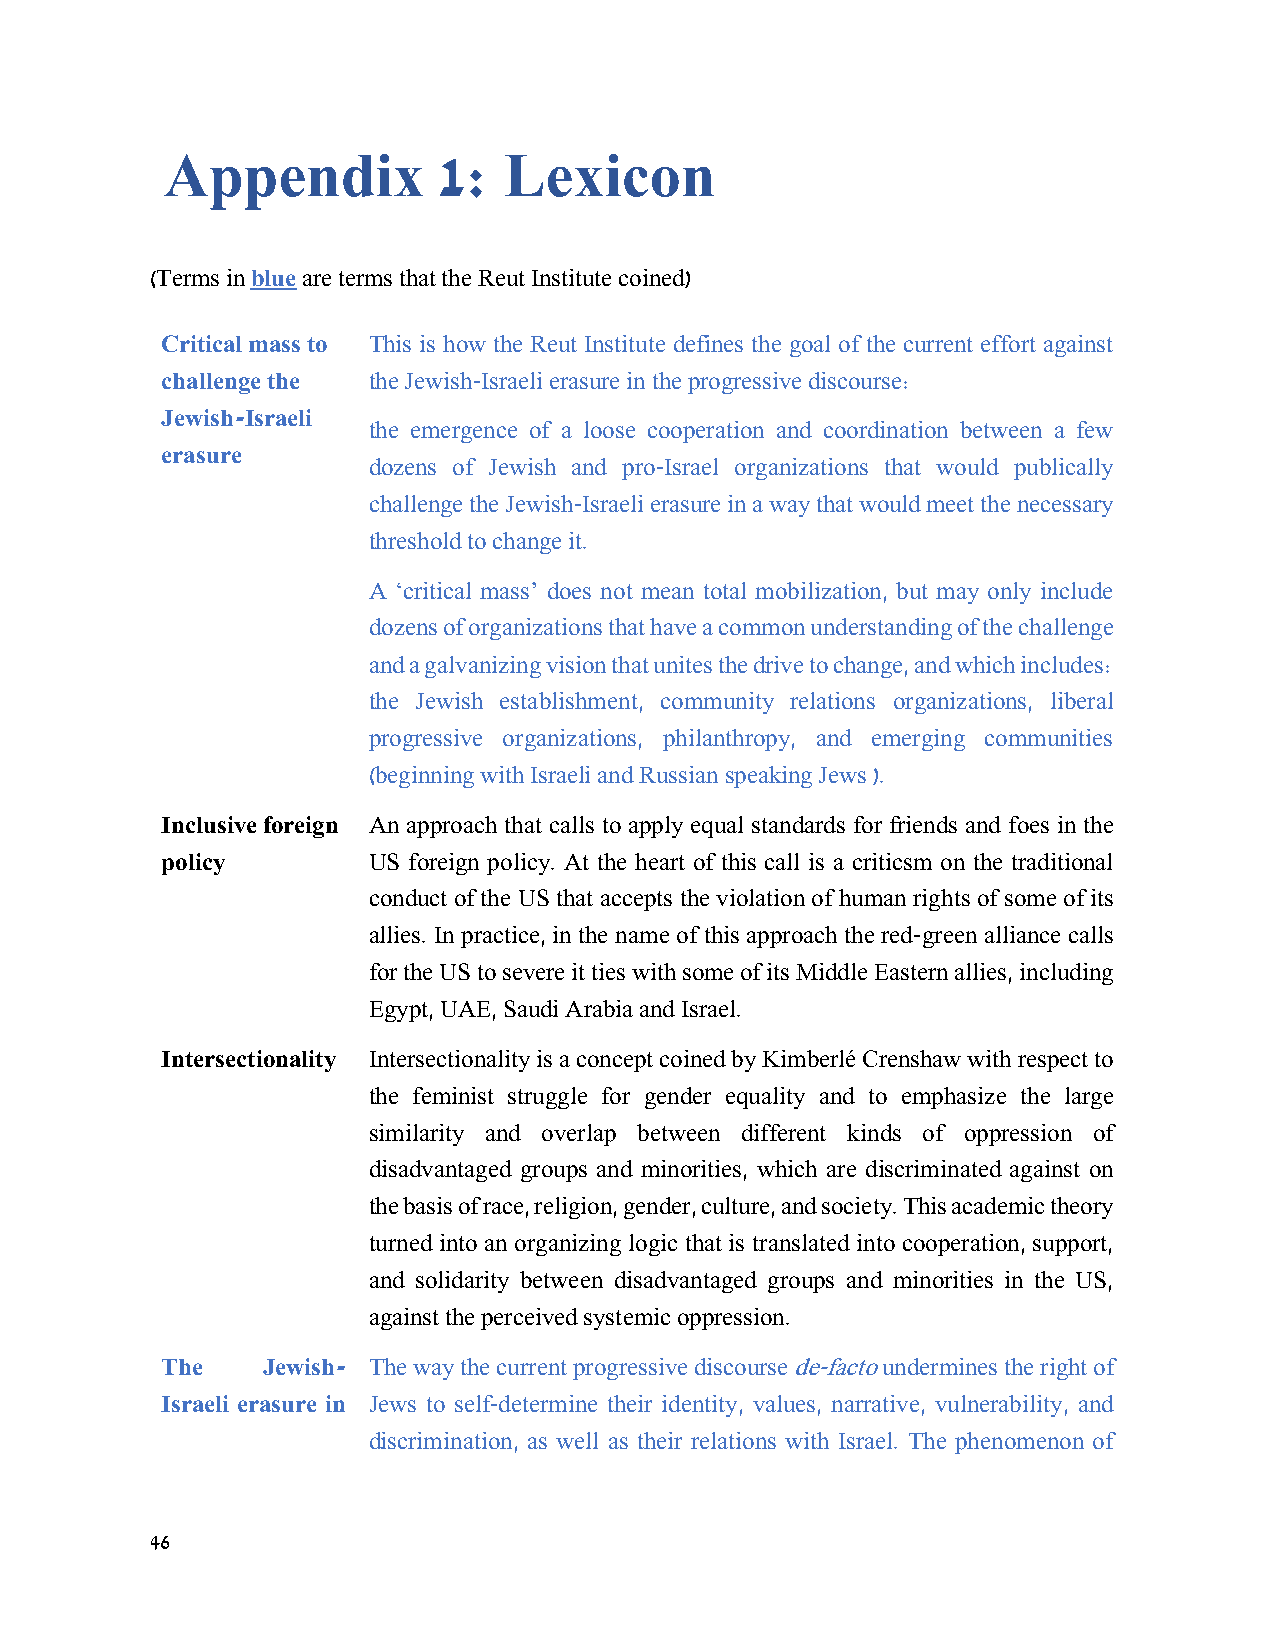
Appendix          1:  Lexicon
 (Terms in blue are terms that the Reut Institute coined)
 Critical mass to This is how the Reut Institute defines the goal of the current effort against
 challenge the the Jewish-Israeli erasure in the progressive discourse:
 Jewish-Israeli
 the emergence of a loose cooperation and coordination between a few
 erasure
 dozens of Jewish and pro-Israel organizations that would publically
 challenge the Jewish-Israeli erasure in a way that would meet the necessary
 threshold to change it.
 A ‘critical mass’ does not mean total mobilization, but may only include
 dozens of organizations that have a common understanding of the challenge
 and a galvanizing vision that unites the drive to change, and which includes:
 the Jewish establishment, community relations organizations, liberal
 progressive organizations, philanthropy, and emerging communities
 (beginning with Israeli and Russian speaking Jews ).
 Inclusive foreign An approach that calls to apply equal standards for friends and foes in the
 policy       US foreign policy. At the heart of this call is a criticsm on the traditional
 conduct of the US that accepts the violation of human rights of some of its
 allies. In practice, in the name of this approach the red-green alliance calls
 for the US to severe it ties with some of its Middle Eastern allies, including
 Egypt, UAE, Saudi Arabia and Israel.
 Intersectionality Intersectionality is a concept coined by Kimberlé Crenshaw with respect to
 the feminist struggle for gender equality and to emphasize the large
 similarity and overlap between different kinds of oppression of
 disadvantaged groups and minorities, which are discriminated against on
 the basis of race, religion, gender, culture, and society. This academic theory
 turned into an organizing logic that is translated into cooperation, support,
 and solidarity between disadvantaged groups and minorities in the US,
 against the perceived systemic oppression.
 The   Jewish- The way the current progressive discourse de-facto undermines the right of
 Israeli erasure in Jews to self-determine their identity, values, narrative, vulnerability, and
 discrimination, as well as their relations with Israel. The phenomenon of
 46